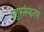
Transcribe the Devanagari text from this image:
बहुसंस्करण